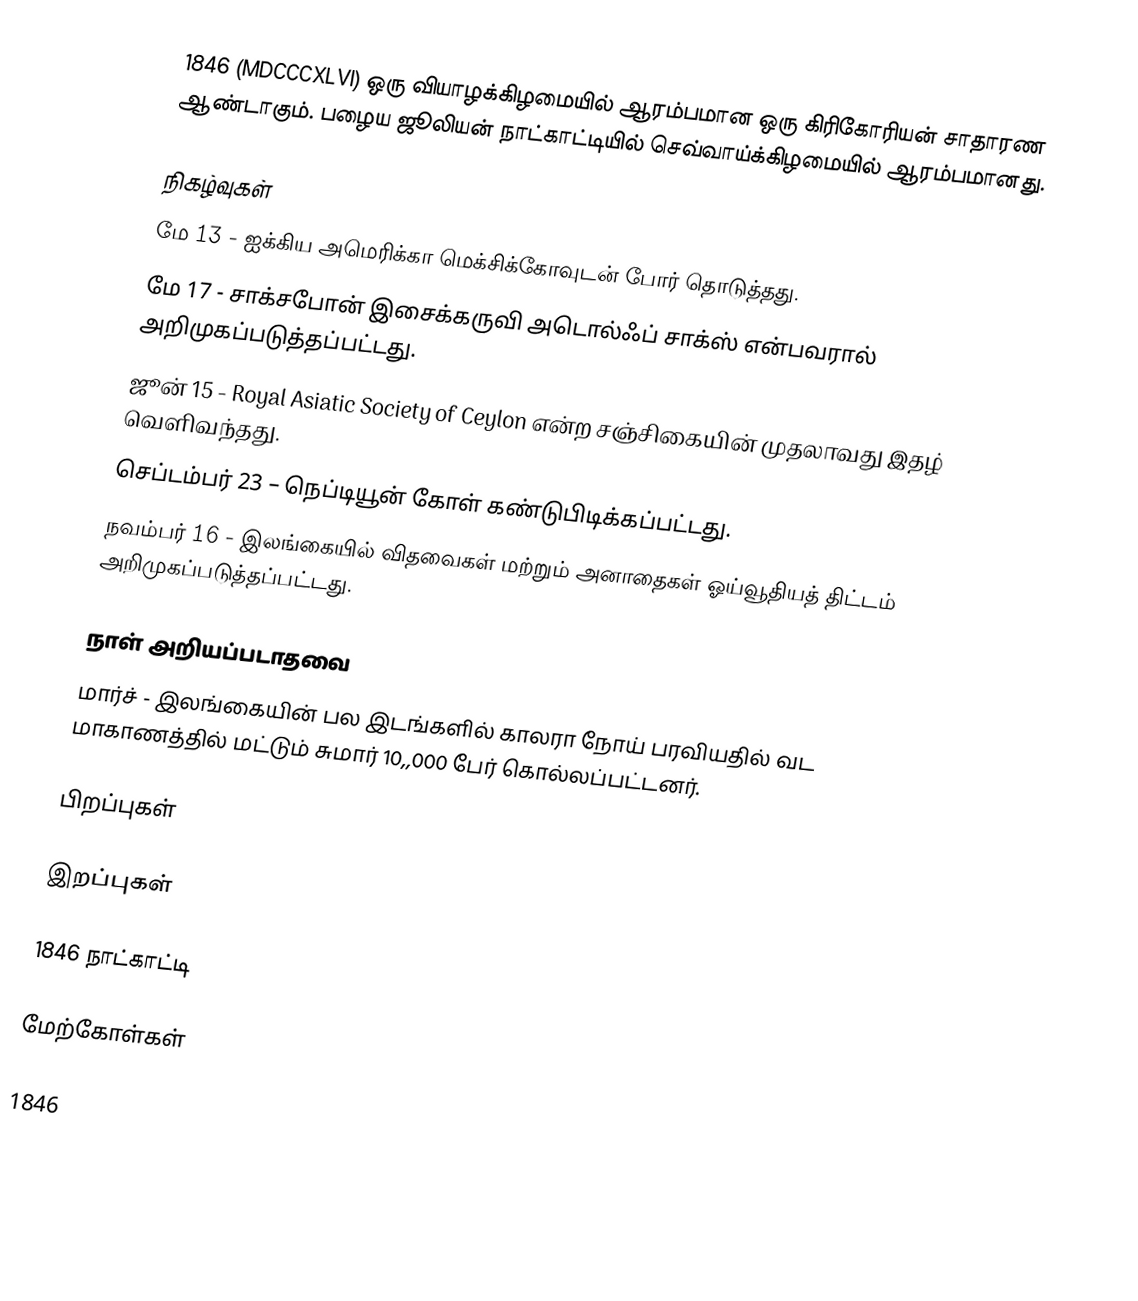
1846  (MDCCCXLVI) ஒரு வியாழக்கிழமையில் ஆரம்பமான ஒரு கிரிகோரியன் சாதாரண ஆண்டாகும். பழைய ஜூலியன் நாட்காட்டியில் செவ்வாய்க்கிழமையில் ஆரம்பமானது.

நிகழ்வுகள்
 மே 13 - ஐக்கிய அமெரிக்கா மெக்சிக்கோவுடன் போர் தொடுத்தது.
 மே 17 - சாக்சபோன் இசைக்கருவி அடொல்ஃப் சாக்ஸ் என்பவரால் அறிமுகப்படுத்தப்பட்டது.
 ஜூன் 15 - Royal Asiatic Society of Ceylon என்ற சஞ்சிகையின் முதலாவது இதழ் வெளிவந்தது.
 செப்டம்பர் 23 – நெப்டியூன் கோள் கண்டுபிடிக்கப்பட்டது.
 நவம்பர் 16 - இலங்கையில் விதவைகள் மற்றும் அனாதைகள் ஓய்வூதியத் திட்டம் அறிமுகப்படுத்தப்பட்டது.

நாள் அறியப்படாதவை
 மார்ச் - இலங்கையின் பல இடங்களில் காலரா நோய் பரவியதில் வட மாகாணத்தில் மட்டும் சுமார் 10,,000 பேர் கொல்லப்பட்டனர்.

பிறப்புகள்

இறப்புகள்

1846 நாட்காட்டி

மேற்கோள்கள்

1846